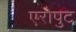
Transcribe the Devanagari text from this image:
एरोपुट